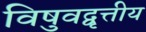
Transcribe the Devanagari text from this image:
विषुवद्वृत्तीय